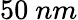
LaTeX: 50\ nm